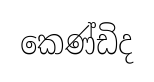
කෙණ්ඩිද